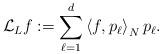
LaTeX: \begin{align*}\mathcal{L}_Lf:=\sum_{\ell=1}^{d}\left<f,p_{\ell}\right>_Np_{\ell}.\end{align*}